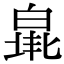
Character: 𤾐